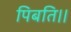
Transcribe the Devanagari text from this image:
पिबति।।